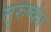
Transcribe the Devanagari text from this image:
तुरुष्कां